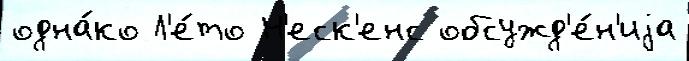
одна́ко Л'е́то Н'еск'енс обсужд'е́н'иjа